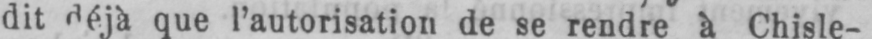
que l’autorisation de se rendre à Chisle-